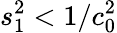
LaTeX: s_{1}^{2}<1/c_{0}^{2}